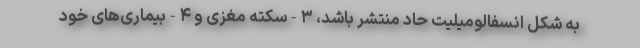
به شکل انسفالومیلیت حاد منتشر باشد، ۳-سکته مغزی و ۴-بیماری‌های خود